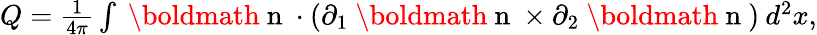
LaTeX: \begin{array}{r}{Q=\frac{1}{4\pi}\int\mathrm{~\boldmath~n~}\cdot\left(\partial_{1}\mathrm{~\boldmath~n~}\times\partial_{2}\mathrm{~\boldmath~n~}\right)\: d^{2}x,}\end{array}